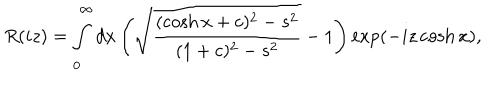
R ( i z ) = \int _ { 0 } ^ { \infty } d x \left( \sqrt { \frac { ( \cosh x + c ) ^ { 2 } - s ^ { 2 } } { ( 1 + c ) ^ { 2 } - s ^ { 2 } } } - 1 \right) \exp \left( - i z \cosh x \right) ,